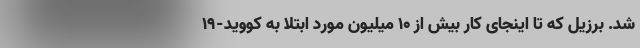
شد. برزیل که تا اینجای کار بیش از ۱۰ میلیون مورد ابتلا به کووید-۱۹